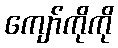
ကျော်ကိုကို